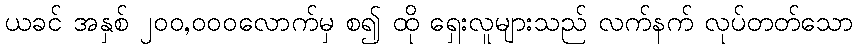
ယခင် အနှစ် ၂၀၀,၀၀၀လောက်မှ စ၍ ထို ရှေးလူများသည် လက်နက် လုပ်တတ်သော